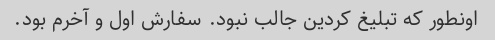
اونطور که تبلیغ کردین جالب نبود. سفارش اول و آخرم بود.